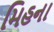
મિહના